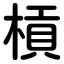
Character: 槓